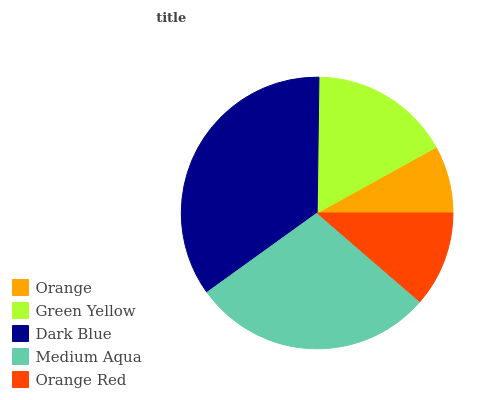
| Orange | Green Yellow | Dark Blue | Medium Aqua | Orange Red |
 | --- | --- | --- | --- | --- |
 | 8.02% | 16.7% | 35.2% | 28.8% | 11.3% |